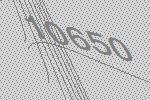
10650